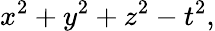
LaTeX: x^{2}+y^{2}+z^{2}-t^{2},